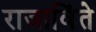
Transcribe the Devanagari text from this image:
राजाविंते